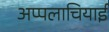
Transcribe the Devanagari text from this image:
अप्पलाचियाई